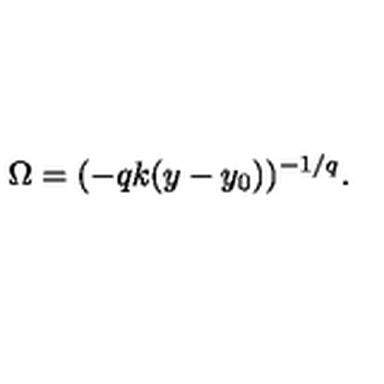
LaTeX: \Omega = ( - q k ( y - y _ { 0 } ) ) ^ { - 1 / q } .